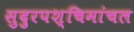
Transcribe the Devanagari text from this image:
सुदुरपश्चिमांचल